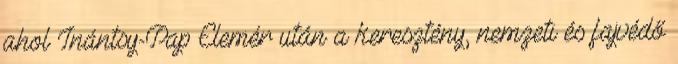
ahol Inántsy-Pap Elemér után a keresztény, nemzeti és fajvédő